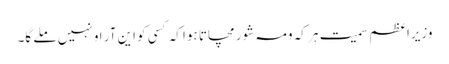
وزیرِاعظم سمیت ہر کہ ومہ شور مچاتا ہوا کہ کسی کو این آر او نہیں ملے گا۔